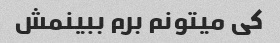
کی میتونم برم ببینمش